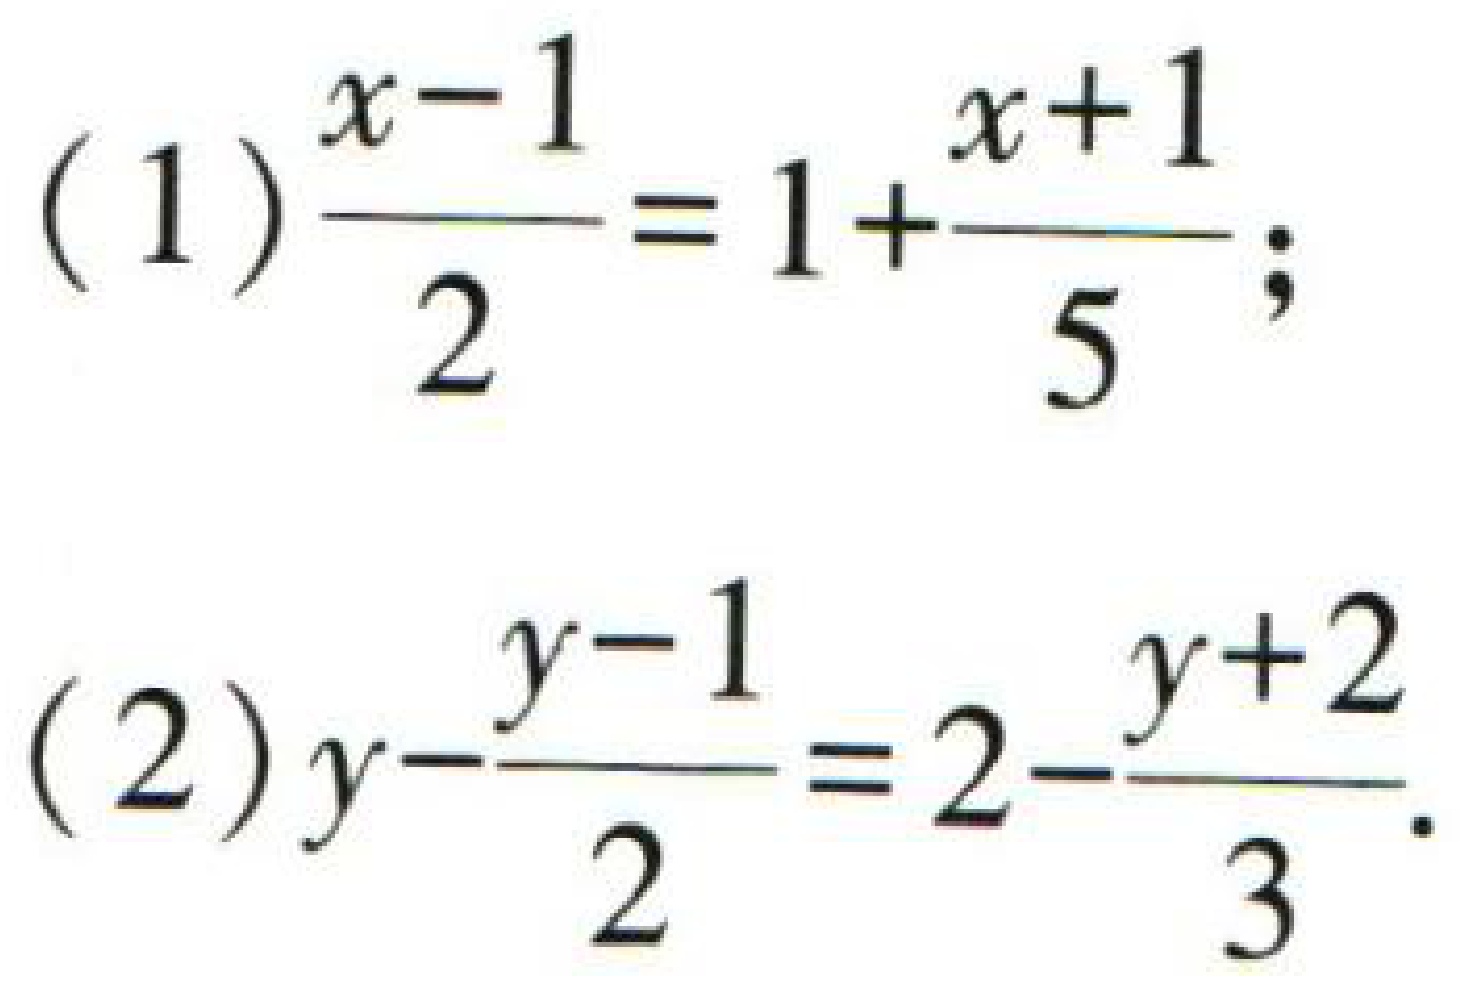
(1) \(\frac{x - 1}{2}=1+\frac{x + 1}{5}\);

(2) \(y-\frac{y - 1}{2}=2-\frac{y + 2}{3}\)